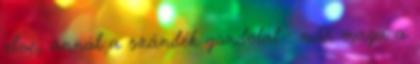
elve, annál a szándék gondolat : már maga a